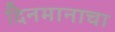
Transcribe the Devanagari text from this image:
दिनमानाचा